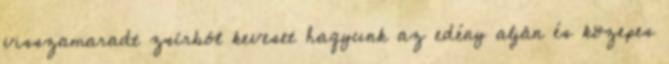
visszamaradt zsírból keveset hagyunk az edény alján és közepes